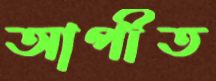
আপীত